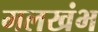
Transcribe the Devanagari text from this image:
मलखंभ